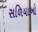
સળિયાઓ